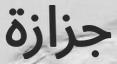
جزازة